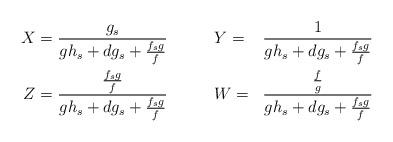
LaTeX: \begin{align*} \begin{aligned}X & = \frac{g_s}{gh_s + dg_s + \frac{f_sg}{f}} &\qquad&Y =& \frac{1}{gh_s + dg_s + \frac{f_sg}{f}} \\Z & = \frac{\frac{f_sg}{f}}{gh_s + dg_s + \frac{f_sg}{f}} &\qquad&W =& \frac{\frac{f}{g}}{gh_s + dg_s + \frac{f_sg}{f}} \\\end{aligned}\end{align*}